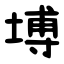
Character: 㙛